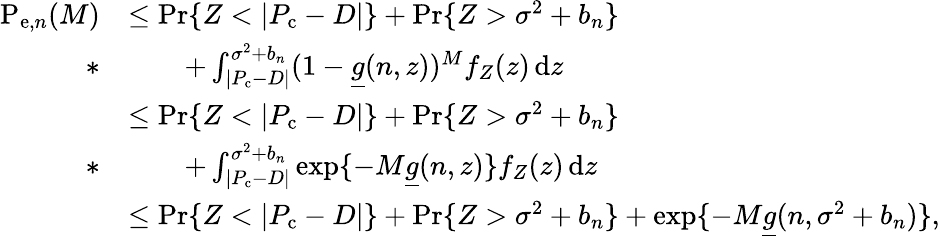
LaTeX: \begin{array}{rl}{\mathrm{P}_{\mathrm{e},n}(M)}&{\leq\operatorname*{Pr}\{ Z<|P_{\mathrm{c}}-D|\} +\operatorname*{Pr}\{ Z>\sigma^{2}+b_{n}\} }\\ {*}&{\qquad+\int_{|P_{\mathrm{c}}-D|}^{\sigma^{2}+b_{n}}(1-\underline{{g}}(n,z))^{M}f_{Z}(z)\, \mathrm{d}z}\\ &{\leq\operatorname*{Pr}\{ Z<|P_{\mathrm{c}}-D|\} +\operatorname*{Pr}\{ Z>\sigma^{2}+b_{n}\} }\\ {*}&{\qquad+\int_{|P_{\mathrm{c}}-D|}^{\sigma^{2}+b_{n}}\exp\{ -M\underline{{g}}(n,z)\} f_{Z}(z)\, \mathrm{d}z}\\ &{\leq\operatorname*{Pr}\{ Z<|P_{\mathrm{c}}-D|\} +\operatorname*{Pr}\{ Z>\sigma^{2}+b_{n}\} +\exp\{ -M\underline{{g}}(n,\sigma^{2}+b_{n})\} ,}\end{array}